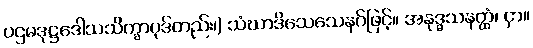
ပဌမဒုဋ္ဌဒေါသသိက္ခာပုဒ်တည်း၊) သံဃာဒိသေသေနဂ်ဖြင့်။ အနုဒ္ဓသနတ္ထံ၊ ငှာ။